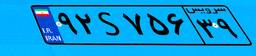
۹۲S۷۵۶۳۹